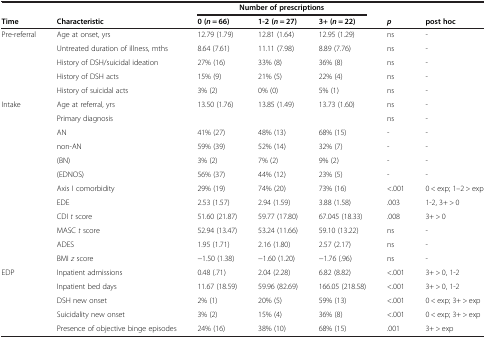
<table><thead><tr><td><b> </b></td><td><b> </b></td><td colspan="3"><b>Number of prescriptions</b></td><td><b> </b></td><td><b> </b></td></tr><tr><td><b>Time</b></td><td><b>Characteristic</b></td><td><b>0 (<i>n</i> = 66)</b></td><td><b>1-2 (<i>n</i> = 27)</b></td><td><b>3+ (<i>n</i> = 22)</b></td><td><b><i>p</i></b></td><td><b>post hoc</b></td></tr></thead><tbody><tr><td>Pre-referral</td><td>Age at onset, yrs</td><td>12.79 (1.79)</td><td>12.81 (1.64)</td><td>12.95 (1.29)</td><td>ns</td><td>-</td></tr><tr><td> </td><td>Untreated duration of illness, mths</td><td>8.64 (7.61)</td><td>11.11 (7.98)</td><td>8.89 (7.76)</td><td>ns</td><td>-</td></tr><tr><td> </td><td>History of DSH/suicidal ideation</td><td>27% (16)</td><td>33% (8)</td><td>36% (8)</td><td>ns</td><td>-</td></tr><tr><td> </td><td>History of DSH acts</td><td>15% (9)</td><td>21% (5)</td><td>22% (4)</td><td>ns</td><td>-</td></tr><tr><td> </td><td>History of suicidal acts</td><td>3% (2)</td><td>0% (0)</td><td>5% (1)</td><td>ns</td><td>-</td></tr><tr><td>Intake</td><td>Age at referral, yrs</td><td>13.50 (1.76)</td><td>13.85 (1.49)</td><td>13.73 (1.60)</td><td>ns</td><td>-</td></tr><tr><td> </td><td>Primary diagnosis</td><td> </td><td> </td><td> </td><td>ns</td><td>-</td></tr><tr><td> </td><td>AN</td><td>41% (27)</td><td>48% (13)</td><td>68% (15)</td><td>-</td><td>-</td></tr><tr><td> </td><td>non-AN</td><td>59% (39)</td><td>52% (14)</td><td>32% (7)</td><td>-</td><td>-</td></tr><tr><td> </td><td>(BN)</td><td>3% (2)</td><td>7% (2)</td><td>9% (2)</td><td>-</td><td>-</td></tr><tr><td> </td><td>(EDNOS)</td><td>56% (37)</td><td>44% (12)</td><td>23% (5)</td><td>-</td><td>-</td></tr><tr><td> </td><td>Axis I comorbidity</td><td>29% (19)</td><td>74% (20)</td><td>73% (16)</td><td>&lt;.001</td><td>0 &lt; exp; 1–2 &gt; exp</td></tr><tr><td> </td><td>EDE</td><td>2.53 (1.57)</td><td>2.94 (1.59)</td><td>3.88 (1.58)</td><td>.003</td><td>1-2, 3+ &gt; 0</td></tr><tr><td> </td><td>CDI <i>t</i> score</td><td>51.60 (21.87)</td><td>59.77 (17.80)</td><td>67.045 (18.33)</td><td>.008</td><td>3+ &gt; 0</td></tr><tr><td> </td><td>MASC <i>t</i> score</td><td>52.94 (13.47)</td><td>53.24 (11.66)</td><td>59.10 (13.22)</td><td>ns</td><td>-</td></tr><tr><td> </td><td>ADES</td><td>1.95 (1.71)</td><td>2.16 (1.80)</td><td>2.57 (2.17)</td><td>ns</td><td>-</td></tr><tr><td> </td><td>BMI <i>z</i> score</td><td>−1.50 (1.38)</td><td>−1.60 (1.20)</td><td>−1.76 (.96)</td><td>ns</td><td>-</td></tr><tr><td>EDP</td><td>Inpatient admissions</td><td>0.48 (.71)</td><td>2.04 (2.28)</td><td>6.82 (8.82)</td><td>&lt;.001</td><td>3+ &gt; 0, 1-2</td></tr><tr><td> </td><td>Inpatient bed days</td><td>11.67 (18.59)</td><td>59.96 (82.69)</td><td>166.05 (218.58)</td><td>&lt;.001</td><td>3+ &gt; 0, 1-2</td></tr><tr><td> </td><td>DSH new onset</td><td>2% (1)</td><td>20% (5)</td><td>59% (13)</td><td>&lt;.001</td><td>0 &lt; exp; 3+ &gt; exp</td></tr><tr><td> </td><td>Suicidality new onset</td><td>3% (2)</td><td>15% (4)</td><td>36% (8)</td><td>&lt;.001</td><td>0 &lt; exp; 3+ &gt; exp</td></tr><tr><td> </td><td>Presence of objective binge episodes</td><td>24% (16)</td><td>38% (10)</td><td>68% (15)</td><td>.001</td><td>3+ &gt; exp</td></tr></tbody></table>